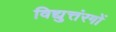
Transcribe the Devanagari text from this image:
विद्युत्तंरगों